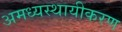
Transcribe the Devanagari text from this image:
अमध्यस्थायीकरण